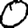
Digit: 0